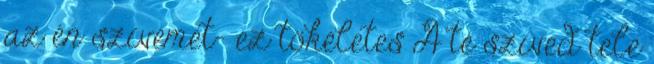
az én szívemet- ez tökéletes A te szíved tele